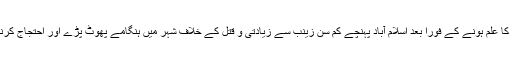
دوسری جانب بچی کے والدین عمرہ کی ادائیگی کیلئے مکہ مکرمہ گئے ہوئے تھے اور واقعہ کا علم ہونے کے فوراً بعد اسلام آباد پہنچے کم سن زینب سے زیادتی و قتل کے خلاف شہر میں ہنگامے پھوٹ پڑے اور احتجاج کرنے والے مشتعل مظاہرین پر پولیس کی فائرنگ سے 2 افراد جاں بحق اور متعدد زخمی ہوگئے۔